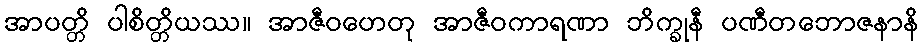
အာပတ္တိ ပါစိတ္တိယဿ။ အာဇီဝဟေတု အာဇီဝကာရဏာ ဘိက္ခုနီ ပဏီတဘောဇနာနိ